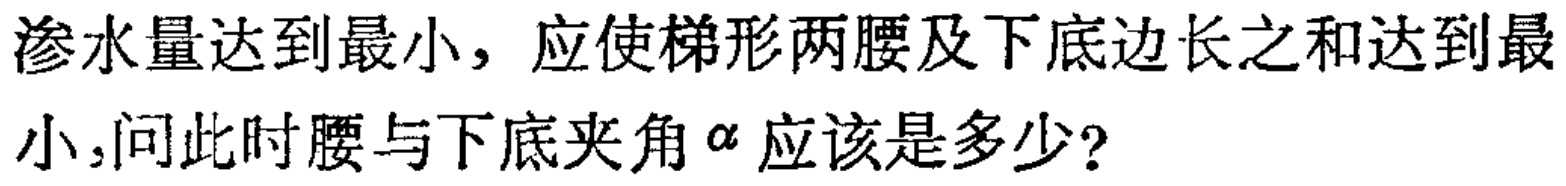
渗水量达到最小，应使梯形两腰及下底边长之和达到最
小，问此时腰与下底夹角$\alpha$应该是多少？